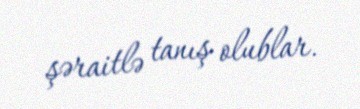
şəraitlə tanış olublar.